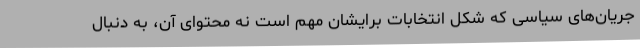
جریان‌های سیاسی که شکل انتخابات برایشان مهم است نه محتوای آن، به دنبال